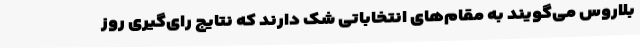
بلاروس می‌گویند به مقام‌های انتخاباتی شک دارند که نتایج رای‌گیری روز